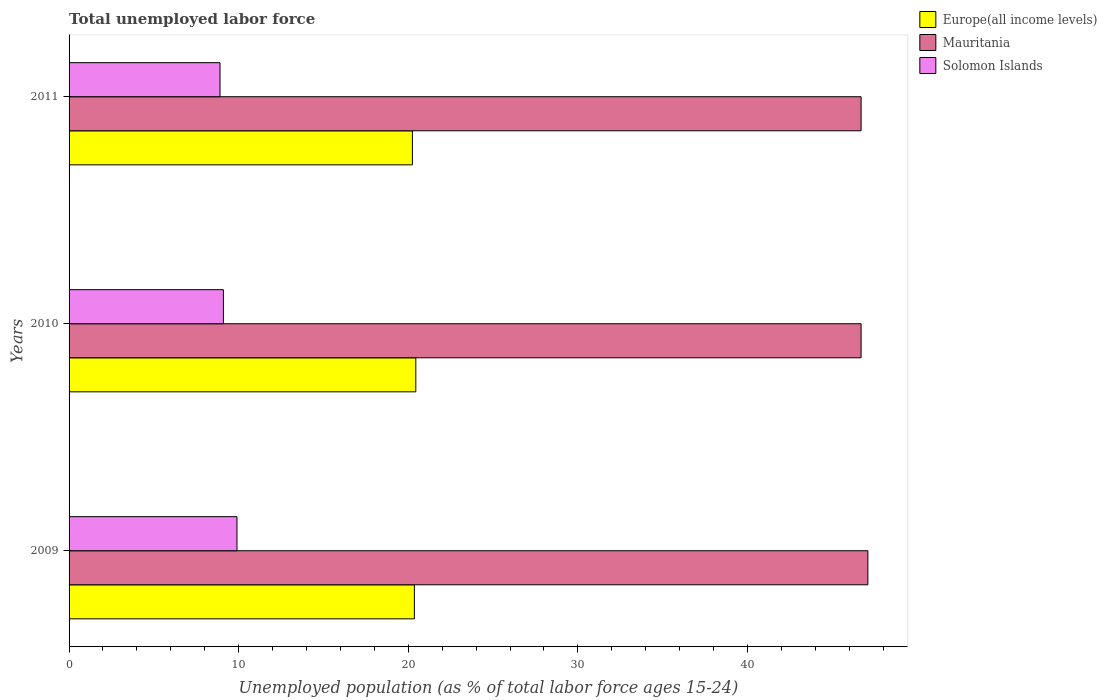
| Years | Europe(all income levels) | Mauritania | Solomon Islands |
 | --- | --- | --- | --- |
 | 2009 | 20.4 | 47.1 | 9.9 |
 | 2010 | 20.4 | 46.7 | 9.1 |
 | 2011 | 20.2 | 46.7 | 8.9 |